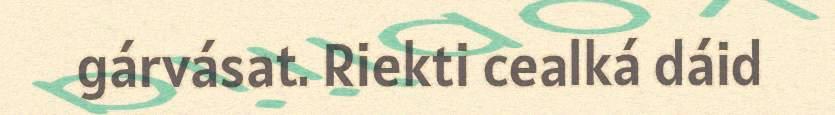
gárvásat. Riekti cealká dáid